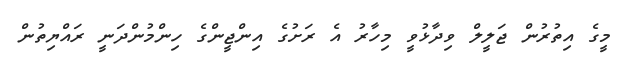
މީގެ އިތުރުން ޖަލީލް ވިދާޅުވީ މިހާރު އެ ރަށުގެ އިންޖީންގެ ހިންމުންދަނީ ރައްޔިތުން